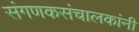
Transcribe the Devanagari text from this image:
संगणकसंचालकांनी